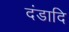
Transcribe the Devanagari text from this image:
दंडादि